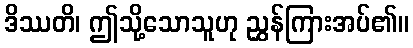
ဒိဿတိ၊ ဤသို့သောသူဟု ညွှန်ကြားအပ်၏။